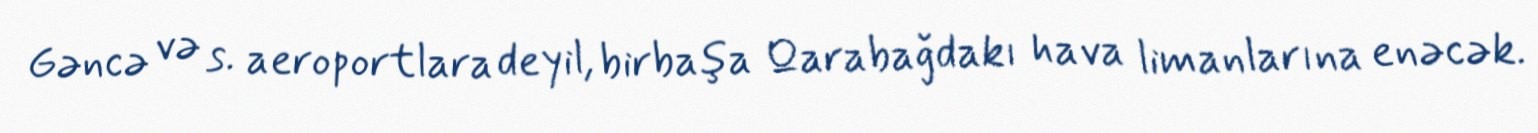
Gəncə və s. aeroportlara deyil, birbaşa Qarabağdakı hava limanlarına enəcək.